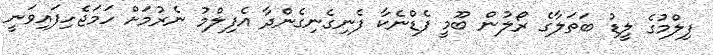
ފިލްމުގެ ލީޑު ބަތަލާގެ ރޯލުން ބޫމީ ފެޑްނެކާ ފެނިގެނިގެންދާ އެފިލްމު ނެރުމަށް ހަމަޖެހިފައިވަނީ